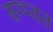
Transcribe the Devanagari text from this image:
सम्भ्वत